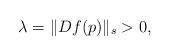
LaTeX: \begin{align*}\lambda=\|Df(p)\|_s>0,\end{align*}